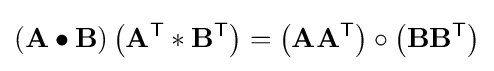
(\mathbf {A} \bullet \mathbf {B} )\left(\mathbf {A} ^{\textsf {T}}\ast \mathbf {B} ^{\textsf {T}}\right)=\left(\mathbf {A} \mathbf {A} ^{\textsf {T}}\right)\circ \left(\mathbf {B} \mathbf {B} ^{\textsf {T}}\right)